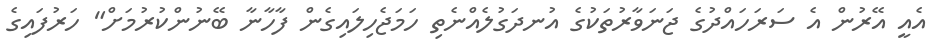
އެއީ އޭރުން އެ ސަރަހައްދުގެ ޖަނަވާރުތަކުގެ އުނދަގުލެއްނެތި ހަމަޖެހިލައިގެން ފާހާނާ ބޭނުންކުރުމަށް" ހަރުފައިގެ